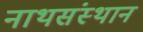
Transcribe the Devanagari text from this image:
नाथसंस्थान